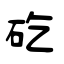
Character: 矻